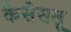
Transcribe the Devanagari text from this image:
कैसेसलू